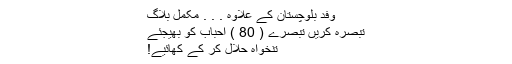
وفد بلوچستان کے علاوہ . . . مکمل بلاگ
تبصرہ کریں تبصرے ( 80 ) احباب کو بھیجئے
تنخواہ حلال کر کے کھائیے!